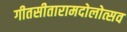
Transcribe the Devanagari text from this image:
गीतसीतारामदोलोत्सव